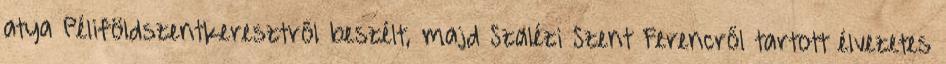
atya Péliföldszentkeresztről beszélt, majd Szalézi Szent Ferencről tartott élvezetes